Vaccination in Bombay 1869-1873 - 1869-1873
Year: 1869
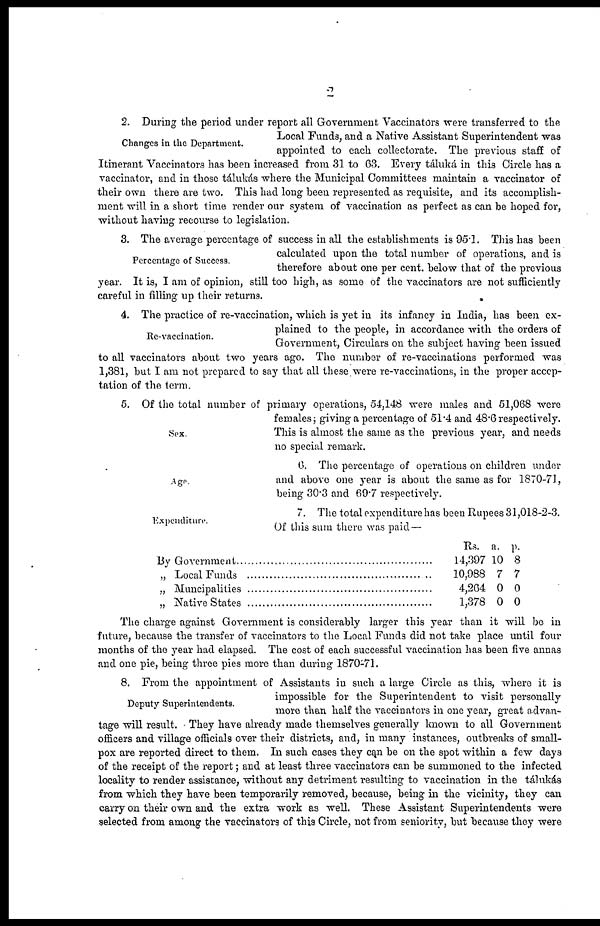
2
Changes in the Department.
2. During the period under report all Government Vaccinators were transferred to the
Local Funds, and a Native Assistant Superintendent was
appointed to each collectorate. The previous staff of
Itinerant Vaccinators has been increased from 31 to 63. Every táluká in this Circle has a
vaccinator, and in those tálukás where the Municipal Committees maintain a vaccinator of
their own there are two. This had long been represented as requisite, and its accomplish-
ment will in a short time render our system of vaccination as perfect as can be hoped for,
without having recourse to legislation.
Percentage of Success.
3. The average percentage of success in all the establishments is 95.1. This has been
calculated upon the total number of operations, and is
therefore about one per cent. below that of the previous
year. It is, I am of opinion, still too high, as some of the vaccinators are not sufficiently
careful in filling up their returns.
.
Re-vaccination.
4. The practice of re-vaccination, which is yet in its infancy in India, has been ex-
plained to the people, in accordance with the orders of
Government, Circulars on the subject having been issued
to all vaccinators about two years ago. The number of re-vaccinations performed was
1,381, but I am not prepared to say that all these were re-vaccinations, in the proper accep-
tation of the term.
Sex.
5. Of the total number of primary operations, 54,148 were males and 51,068 were
females ; giving a percentage of 51.4 and 48.6 respectively.
This is almost the same as the previous year, and needs
no special remark.
Age.
6. The percentage of operations on children under
and above one year is about the same as for 1870-71,
being 30.3 and 69.7 respectively.
Expenditure.
7. The total expenditure has been Rupees 31,018-2-3.
Of this sum there was paid—
By Government .............................................................
„ Local Funds ................................................................
„ Muncipalities ..............................................................
„ Native States ...............................................................
Rs.
14,397
10,988
4,264
1,378
a.
10
7
0
0
p.
8
7
0
0
The charge against Government is considerably larger this year than it will bo in
future, because the transfer of vaccinators to the Local Funds did not take place until four
months of the year had elapsed. The cost of each successful vaccination has been five annas
and one pie, being three pies more than during 1870-71.
Deputy Superintendents.
8. From the appointment of Assistants in such a large Circle as this, where it is
impossible for the Superintendent to visit personally
more than half the vaccinators in one year, great advan-
tage will result. They have already made themselves generally known to all Government
officers and village officials over their districts, and, in many instances, outbreaks of small-
pox are reported direct to them. In such cases they can be on the spot within a few days
of the receipt of the report; and at least three vaccinators can be summoned to the infected
locality to render assistance, without any detriment resulting to vaccination in the tálukás
from which they have been temporarily removed, because, being in the vicinity, they can
carry on their own and the extra work as well. These Assistant Superintendents were
selected from among the vaccinators of this Circle, not from seniority, but because they were